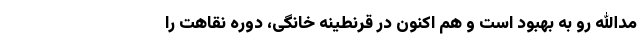
مدالله رو به بهبود است و هم اکنون در قرنطینه خانگی، دوره نقاهت را